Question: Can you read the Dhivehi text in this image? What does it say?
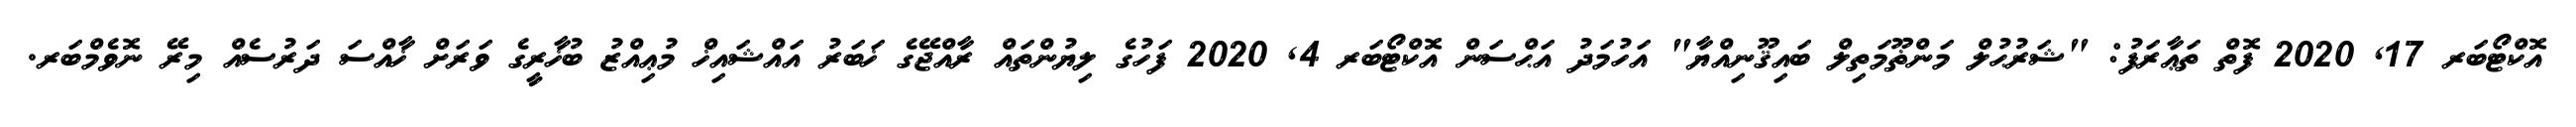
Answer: އޮކްޓޯބަރ 17, 2020 ފޮތް ތަޢާރަފު: "ޝަރުޙުލް މަންޡޫމަތިލް ބައިޤޫނިއްޔާ" އަހުމަދު އަޙްސަން އޮކްޓޯބަރ 4, 2020 ފަހުގެ ލިޔުންތައް ރާއްޖޭގެ ޚަބަރު އައްޝައިޚް މުޢިއްޒު ބުޚާރީގެ ވަރަށް ޚާއްސަ ދަރުސެއް މިރޭ ނޮވެމްބަރ.